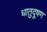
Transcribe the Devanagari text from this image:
धातुदूषण